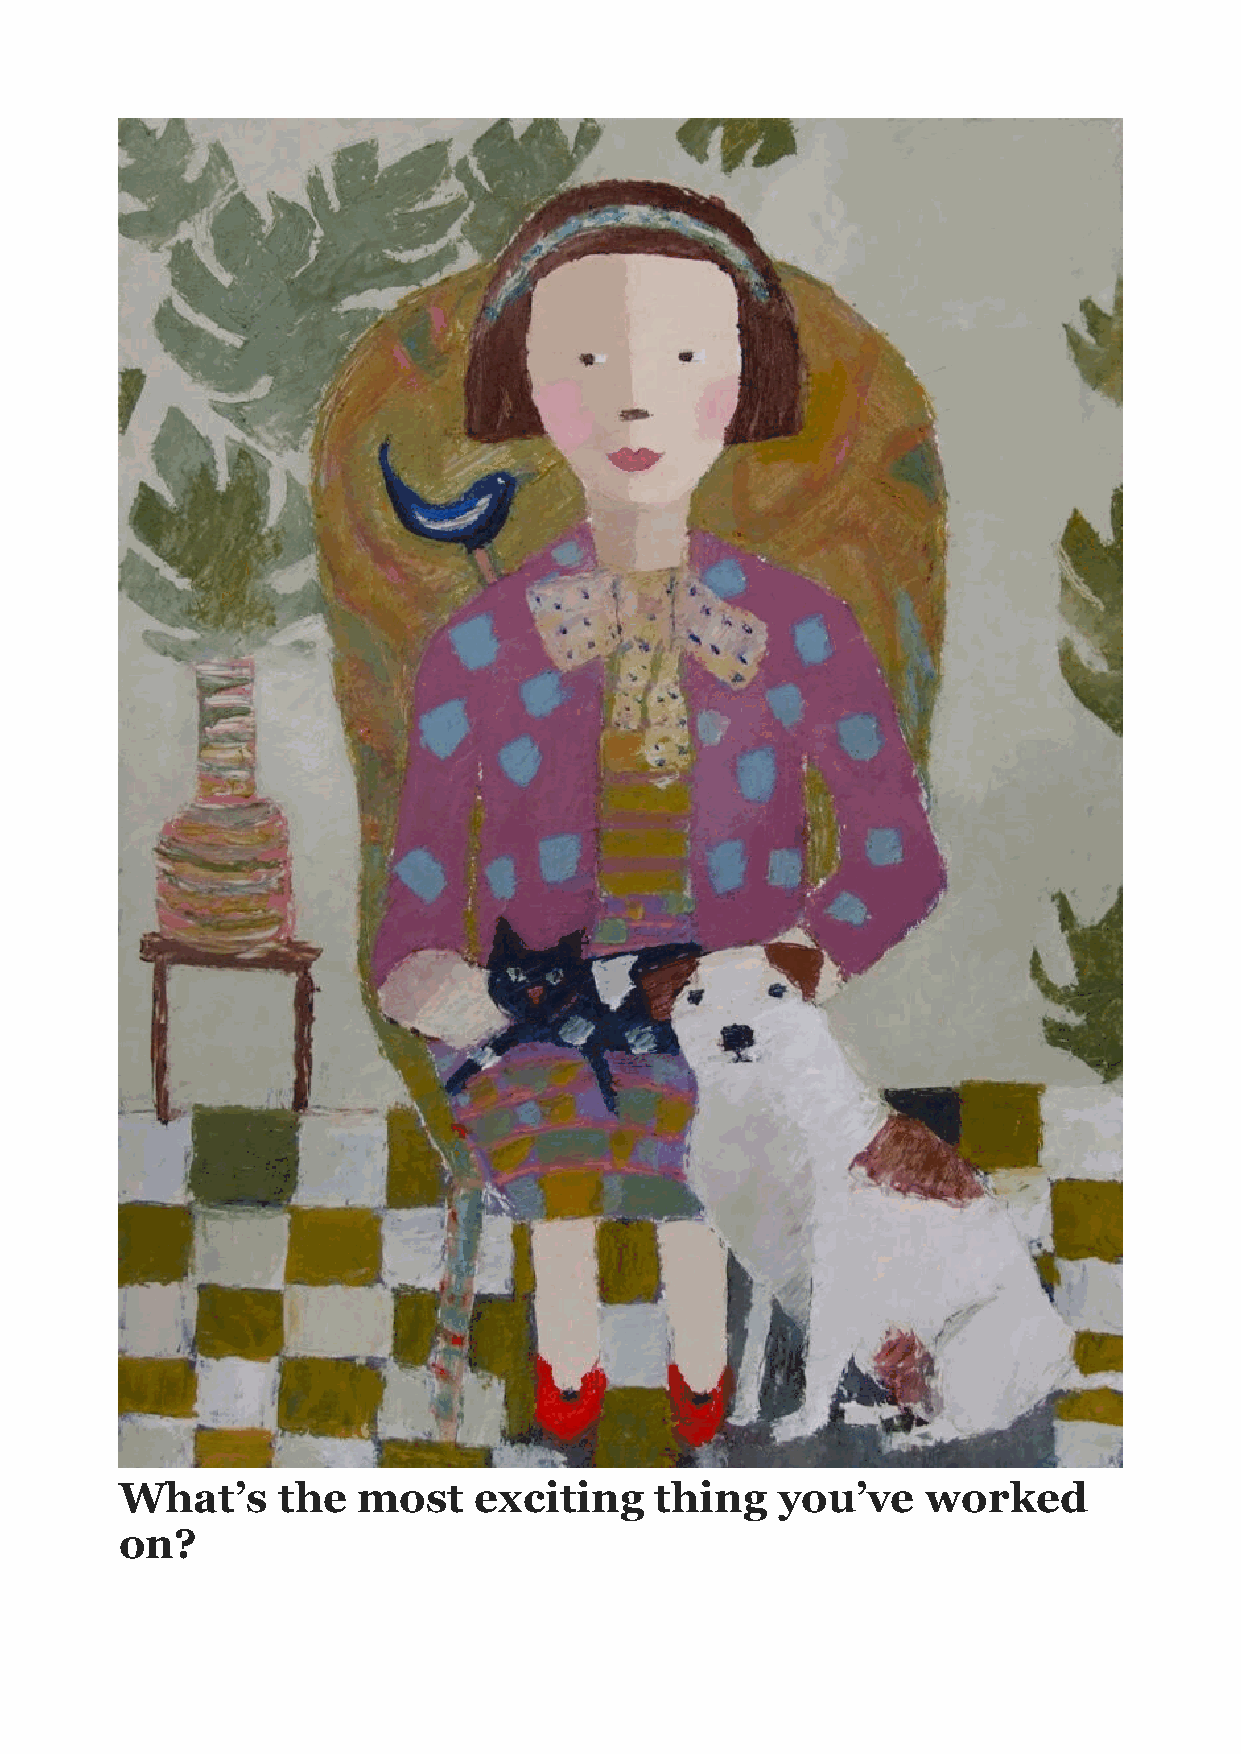
"
 What’s    the   most   exciting    thing    you’ve   worked
 on?